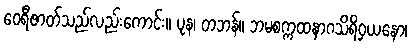
ဝေရီဇာတ်သည်လည်းကောင်း။ ပုန၊ တဘန်။ ဘမစက္ကထနာဂသိရိဝှယနော၊